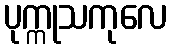
ပုက္ကုသကုလေ